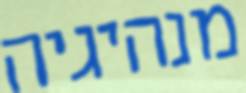
מנהיגיה